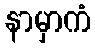
နာမှာကံ